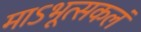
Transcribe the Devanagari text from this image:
माऽभूत्सकलं